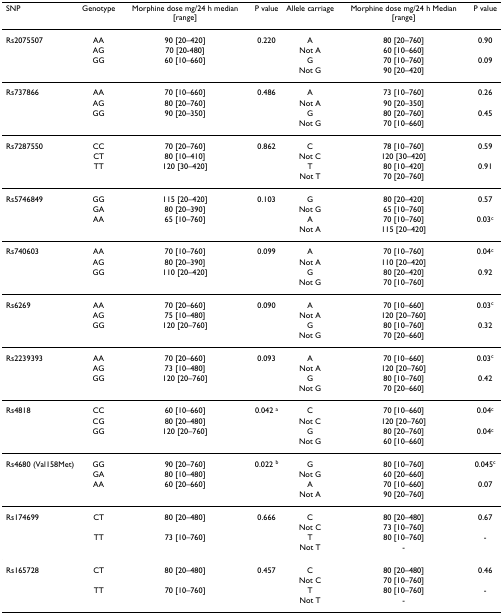
<table><thead><tr><td><b>SNP</b></td><td><b>Genotype</b></td><td><b>Morphine dose mg/24 h median [range]</b></td><td><b>P value</b></td><td><b>Allele carriage</b></td><td><b>Morphine dose mg/24 h Median [range]</b></td><td><b>P value</b></td></tr></thead><tbody><tr><td>Rs2075507</td><td>AA</td><td>90 [20–420]</td><td>0.220</td><td>A</td><td>80 [20–760]</td><td>0.90</td></tr><tr><td></td><td>AG</td><td>70 [20-480]</td><td></td><td>Not A</td><td>60 [10–660]</td><td></td></tr><tr><td></td><td>GG</td><td>60 [10–660]</td><td></td><td>G</td><td>70 [10–760]</td><td>0.09</td></tr><tr><td></td><td></td><td></td><td></td><td>Not G</td><td>90 [20–420]</td><td></td></tr><tr><td>Rs737866</td><td>AA</td><td>70 [10–660]</td><td>0.486</td><td>A</td><td>73 [10–760]</td><td>0.26</td></tr><tr><td></td><td>AG</td><td>80 [20–760]</td><td></td><td>Not A</td><td>90 [20–350]</td><td></td></tr><tr><td></td><td>GG</td><td>90 [20–350]</td><td></td><td>G</td><td>80 [20–760]</td><td>0.45</td></tr><tr><td></td><td></td><td></td><td></td><td>Not G</td><td>70 [10–660]</td><td></td></tr><tr><td>Rs7287550</td><td>CC</td><td>70 [20–760]</td><td>0.862</td><td>C</td><td>78 [10–760]</td><td>0.59</td></tr><tr><td></td><td>CT</td><td>80 [10–410]</td><td></td><td>Not C</td><td>120 [30–420]</td><td></td></tr><tr><td></td><td>TT</td><td>120 [30–420]</td><td></td><td>T</td><td>80 [10–420]</td><td>0.91</td></tr><tr><td></td><td></td><td></td><td></td><td>Not T</td><td>70 [20–760]</td><td></td></tr><tr><td>Rs5746849</td><td>GG</td><td>115 [20–420]</td><td>0.103</td><td>G</td><td>80 [20–420]</td><td>0.57</td></tr><tr><td></td><td>GA</td><td>80 [20–390]</td><td></td><td>Not G</td><td>65 [10–760]</td><td></td></tr><tr><td></td><td>AA</td><td>65 [10–760]</td><td></td><td>A</td><td>70 [10–760]</td><td>0.03<sup>c</sup></td></tr><tr><td></td><td></td><td></td><td></td><td>Not A</td><td>115 [20–420]</td><td></td></tr><tr><td>Rs740603</td><td>AA</td><td>70 [10–760]</td><td>0.099</td><td>A</td><td>70 [10–760]</td><td>0.04<sup>c</sup></td></tr><tr><td></td><td>AG</td><td>80 [20–390]</td><td></td><td>Not A</td><td>110 [20–420]</td><td></td></tr><tr><td></td><td>GG</td><td>110 [20–420]</td><td></td><td>G</td><td>80 [20–420]</td><td>0.92</td></tr><tr><td></td><td></td><td></td><td></td><td>Not G</td><td>70 [10–760]</td><td></td></tr><tr><td>Rs6269</td><td>AA</td><td>70 [20–660]</td><td>0.090</td><td>A</td><td>70 [10–660]</td><td>0.03<sup>c</sup></td></tr><tr><td></td><td>AG</td><td>75 [10–480]</td><td></td><td>Not A</td><td>120 [20–760]</td><td></td></tr><tr><td></td><td>GG</td><td>120 [20–760]</td><td></td><td>G</td><td>80 [10–760]</td><td>0.32</td></tr><tr><td></td><td></td><td></td><td></td><td>Not G</td><td>70 [20–660]</td><td></td></tr><tr><td>Rs2239393</td><td>AA</td><td>70 [20–660]</td><td>0.093</td><td>A</td><td>70 [10–660]</td><td>0.03<sup>c</sup></td></tr><tr><td></td><td>AG</td><td>73 [10–480]</td><td></td><td>Not A</td><td>120 [20–760]</td><td></td></tr><tr><td></td><td>GG</td><td>120 [20–760]</td><td></td><td>G</td><td>80 [10–760]</td><td>0.42</td></tr><tr><td></td><td></td><td></td><td></td><td>Not G</td><td>70 [20–660]</td><td></td></tr><tr><td>Rs4818</td><td>CC</td><td>60 [10–660]</td><td>0.042 <sup>a</sup></td><td>C</td><td>70 [10–660]</td><td>0.04<sup>c</sup></td></tr><tr><td></td><td>CG</td><td>80 [20–480]</td><td></td><td>Not C</td><td>120 [20–760]</td><td></td></tr><tr><td></td><td>GG</td><td>120 [20–760]</td><td></td><td>G</td><td>80 [20–760]</td><td>0.04<sup>c</sup></td></tr><tr><td></td><td></td><td></td><td></td><td>Not G</td><td>60 [10–660]</td><td></td></tr><tr><td>Rs4680 (Val158Met)</td><td>GG</td><td>90 [20–760]</td><td>0.022 <sup>b</sup></td><td>G</td><td>80 [10–760]</td><td>0.045<sup>c</sup></td></tr><tr><td></td><td>GA</td><td>80 [10–480]</td><td></td><td>Not G</td><td>60 [20–660]</td><td></td></tr><tr><td></td><td>AA</td><td>60 [20–660]</td><td></td><td>A</td><td>70 [10–660]</td><td>0.07</td></tr><tr><td></td><td></td><td></td><td></td><td>Not A</td><td>90 [20–760]</td><td></td></tr><tr><td>Rs174699</td><td>CT</td><td>80 [20–480]</td><td>0.666</td><td>C</td><td>80 [20–480]</td><td>0.67</td></tr><tr><td></td><td></td><td></td><td></td><td>Not C</td><td>73 [10–760]</td><td></td></tr><tr><td></td><td>TT</td><td>73 [10–760]</td><td></td><td>T</td><td>80 [10–760]</td><td>-</td></tr><tr><td></td><td></td><td></td><td></td><td>Not T</td><td>-</td><td></td></tr><tr><td>Rs165728</td><td>CT</td><td>80 [20–480]</td><td>0.457</td><td>C</td><td>80 [20–480]</td><td>0.46</td></tr><tr><td></td><td></td><td></td><td></td><td>Not C</td><td>70 [10–760]</td><td></td></tr><tr><td></td><td>TT</td><td>70 [10–760]</td><td></td><td>T</td><td>80 [10–760]</td><td>-</td></tr><tr><td></td><td></td><td></td><td></td><td>Not T</td><td>-</td><td></td></tr></tbody></table>